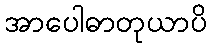
အာပေါဓာတုယာပိ